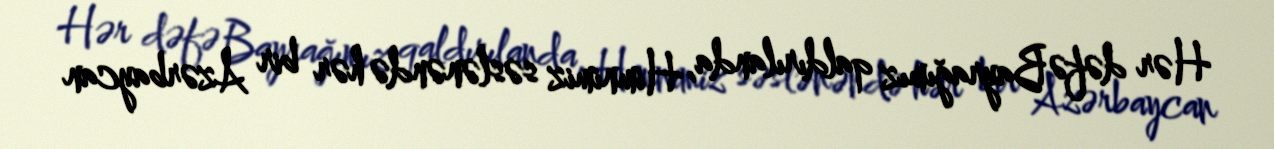
Hər dəfə Bayrağımız qaldırılanda, Himnimiz səslənəndə hər bir Azərbaycan